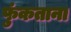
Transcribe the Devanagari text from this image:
फुंकताना